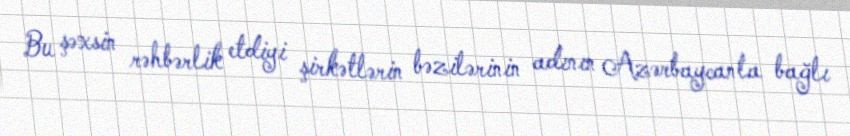
Bu şəxsin rəhbərlik etdiyi şirkətlərin bəzilərinin adının Azərbaycanla bağlı